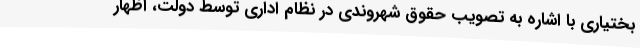
بختیاری با اشاره به تصویب حقوق شهروندی در نظام اداری توسط دولت، اظهار